Report of the Lahore Medical School Hospital
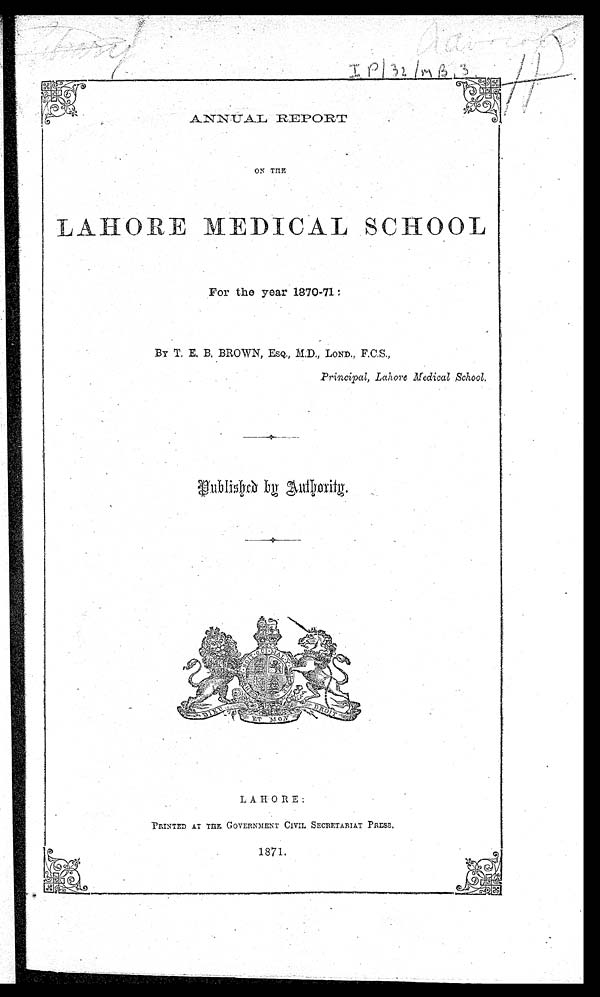
ANNUAL REPORT
LAHORE MEDICAL SCHOOL
For the year 1870-71:
By
T. E. B. BROWN, ESQ., M.D., LOND. , F. C. S. ,
Principal, Lahore Medical School.
LAHORE:
PRINTED AT THE GOVERNMENT CIVIL SECRETARIAT PRESS.
1871.